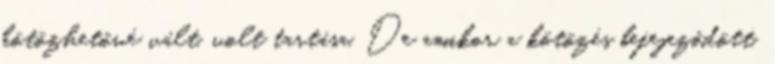
kötözhetővé vált, volt tartása. De amikor a kötözés befejeződött,